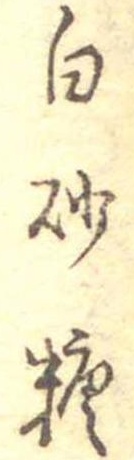
白砂糖